Annual report of the Punjab Veterinary College and of the Civil Veterinary Department, Punjab - 1926-1932
Year: 1926
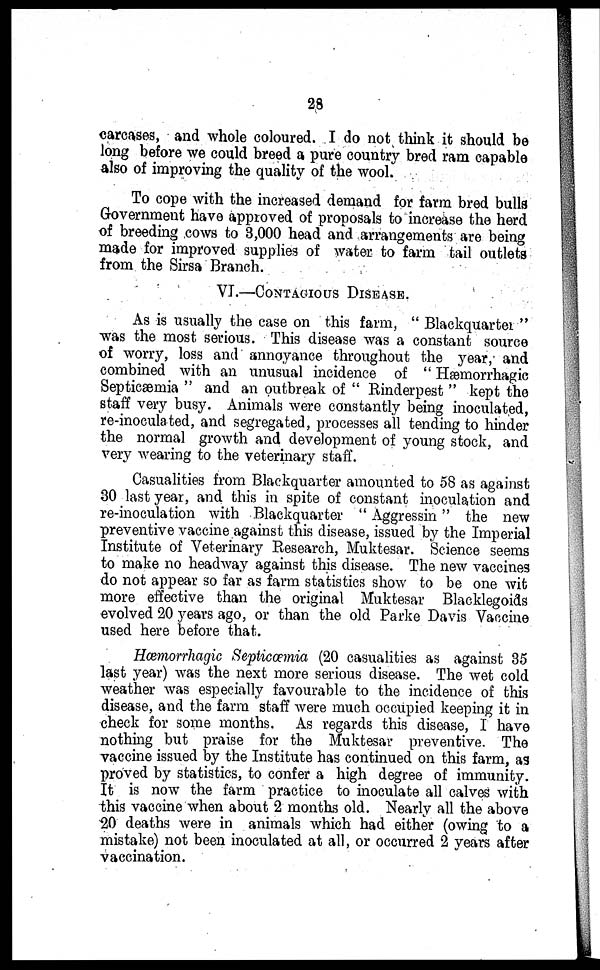
28
carcases, and whole coloured. I do not think it should be
long before we could breed a pure country bred ram capable
also of improving the quality of the wool.
To cope with the increased demand for farm bred bulls
Government have approved of proposals to increase the herd
of breeding cows to 3,000 head and arrangements are being
made for improved supplies of water to farm tail outlets
from the Sirsa Branch.
VI.—CONTAGIOUS DISEASE.
As is usually the case on this farm, " Blackquarter "
was the most serious. This disease was a constant source
of worry, loss and annoyance throughout the year, and
combined with an unusual incidence of " Hæmorrhagic
Septicæmia " and an outbreak of " Rinderpest " kept the
staff very busy. Animals were constantly being inoculated,
re-inoculated, and segregated, processes all tending to hinder
the normal growth and development of young stock, and
very wearing to the veterinary staff.
Casualities from Blackquarter amounted to 58 as against
30 last year, and this in spite of constant inoculation and
re-inoculation with Blackquarter " Aggressin " the new
preventive vaccine against this disease, issued by the Imperial
Institute of Veterinary Research, Muktesar. Science seems
to make no headway against this disease. The new vaccines
do not appear so far as farm statistics show to be one wit
more effective than the original Muktesar Blacklegoids
evolved 20 years ago, or than the old Parke Davis Vaccine
used here before that.
Hœmorrhagic Septicœmia (20 casualities as against 35
last year) was the next more serious disease. The wet cold
weather was especially favourable to the incidence of this
disease, and the farm staff were much occupied keeping it in
check for some months. As regards this disease, I have
nothing but praise for the Muktesar preventive. The
vaccine issued by the Institute has continued on this farm, as
proved by statistics, to confer a high degree of immunity.
It is now the farm practice to inoculate all calves with
this vaccine when about 2 months old. Nearly all the above
20 deaths were in animals which had either (owing to a
mistake) not been inoculated at all, or occurred 2 years after
vaccination.